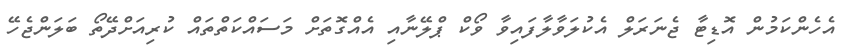
އެހެންކަމުން އޮޑިޓާ ޖެނަރަލް އެކުލަވާލާފައިވާ ވޯކް ޕްލޭނާއި އެއްގޮތަށް މަސައްކަތްތައް ކުރިއަށްދޭތޯ ބަލަންޖެހޭ